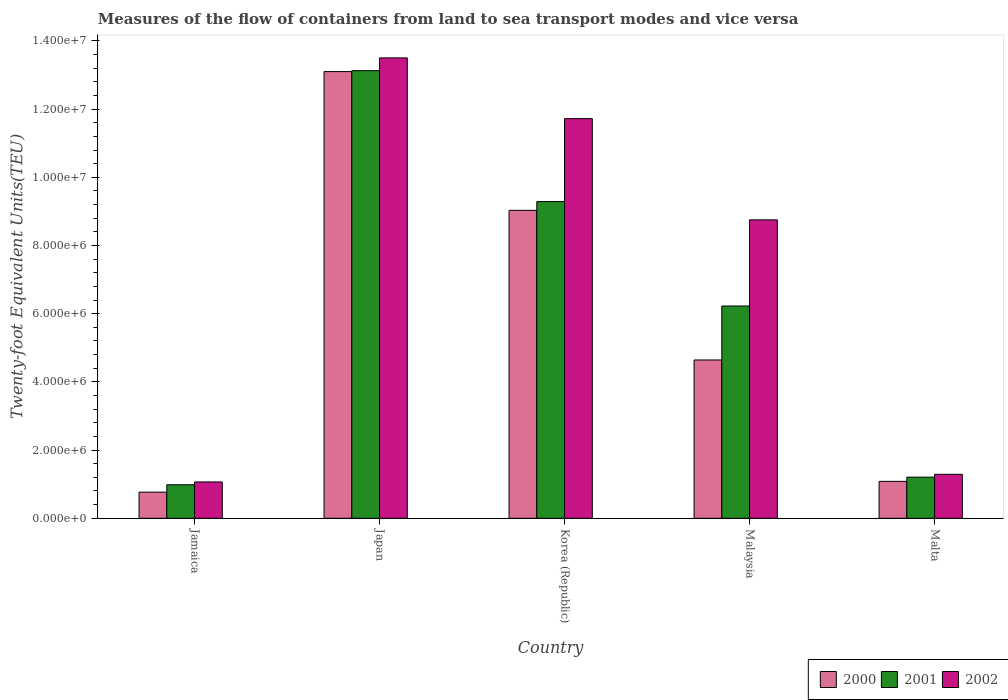
| Country | 2000 | 2001 | 2002 |
 | --- | --- | --- | --- |
 | Jamaica | 7.66e+05 | 9.83e+05 | 1.06e+06 |
 | Japan | 1.31e+07 | 1.31e+07 | 1.35e+07 |
 | Korea (Republic) | 9.03e+06 | 9.29e+06 | 1.17e+07 |
 | Malaysia | 4.64e+06 | 6.22e+06 | 8.75e+06 |
 | Malta | 1.08e+06 | 1.21e+06 | 1.29e+06 |